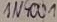
Text: IN4001